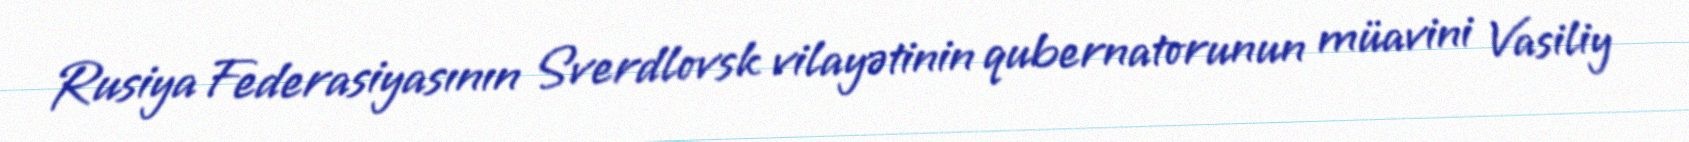
Rusiya Federasiyasının Sverdlovsk vilayətinin qubernatorunun müavini Vasiliy